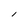
Character: l